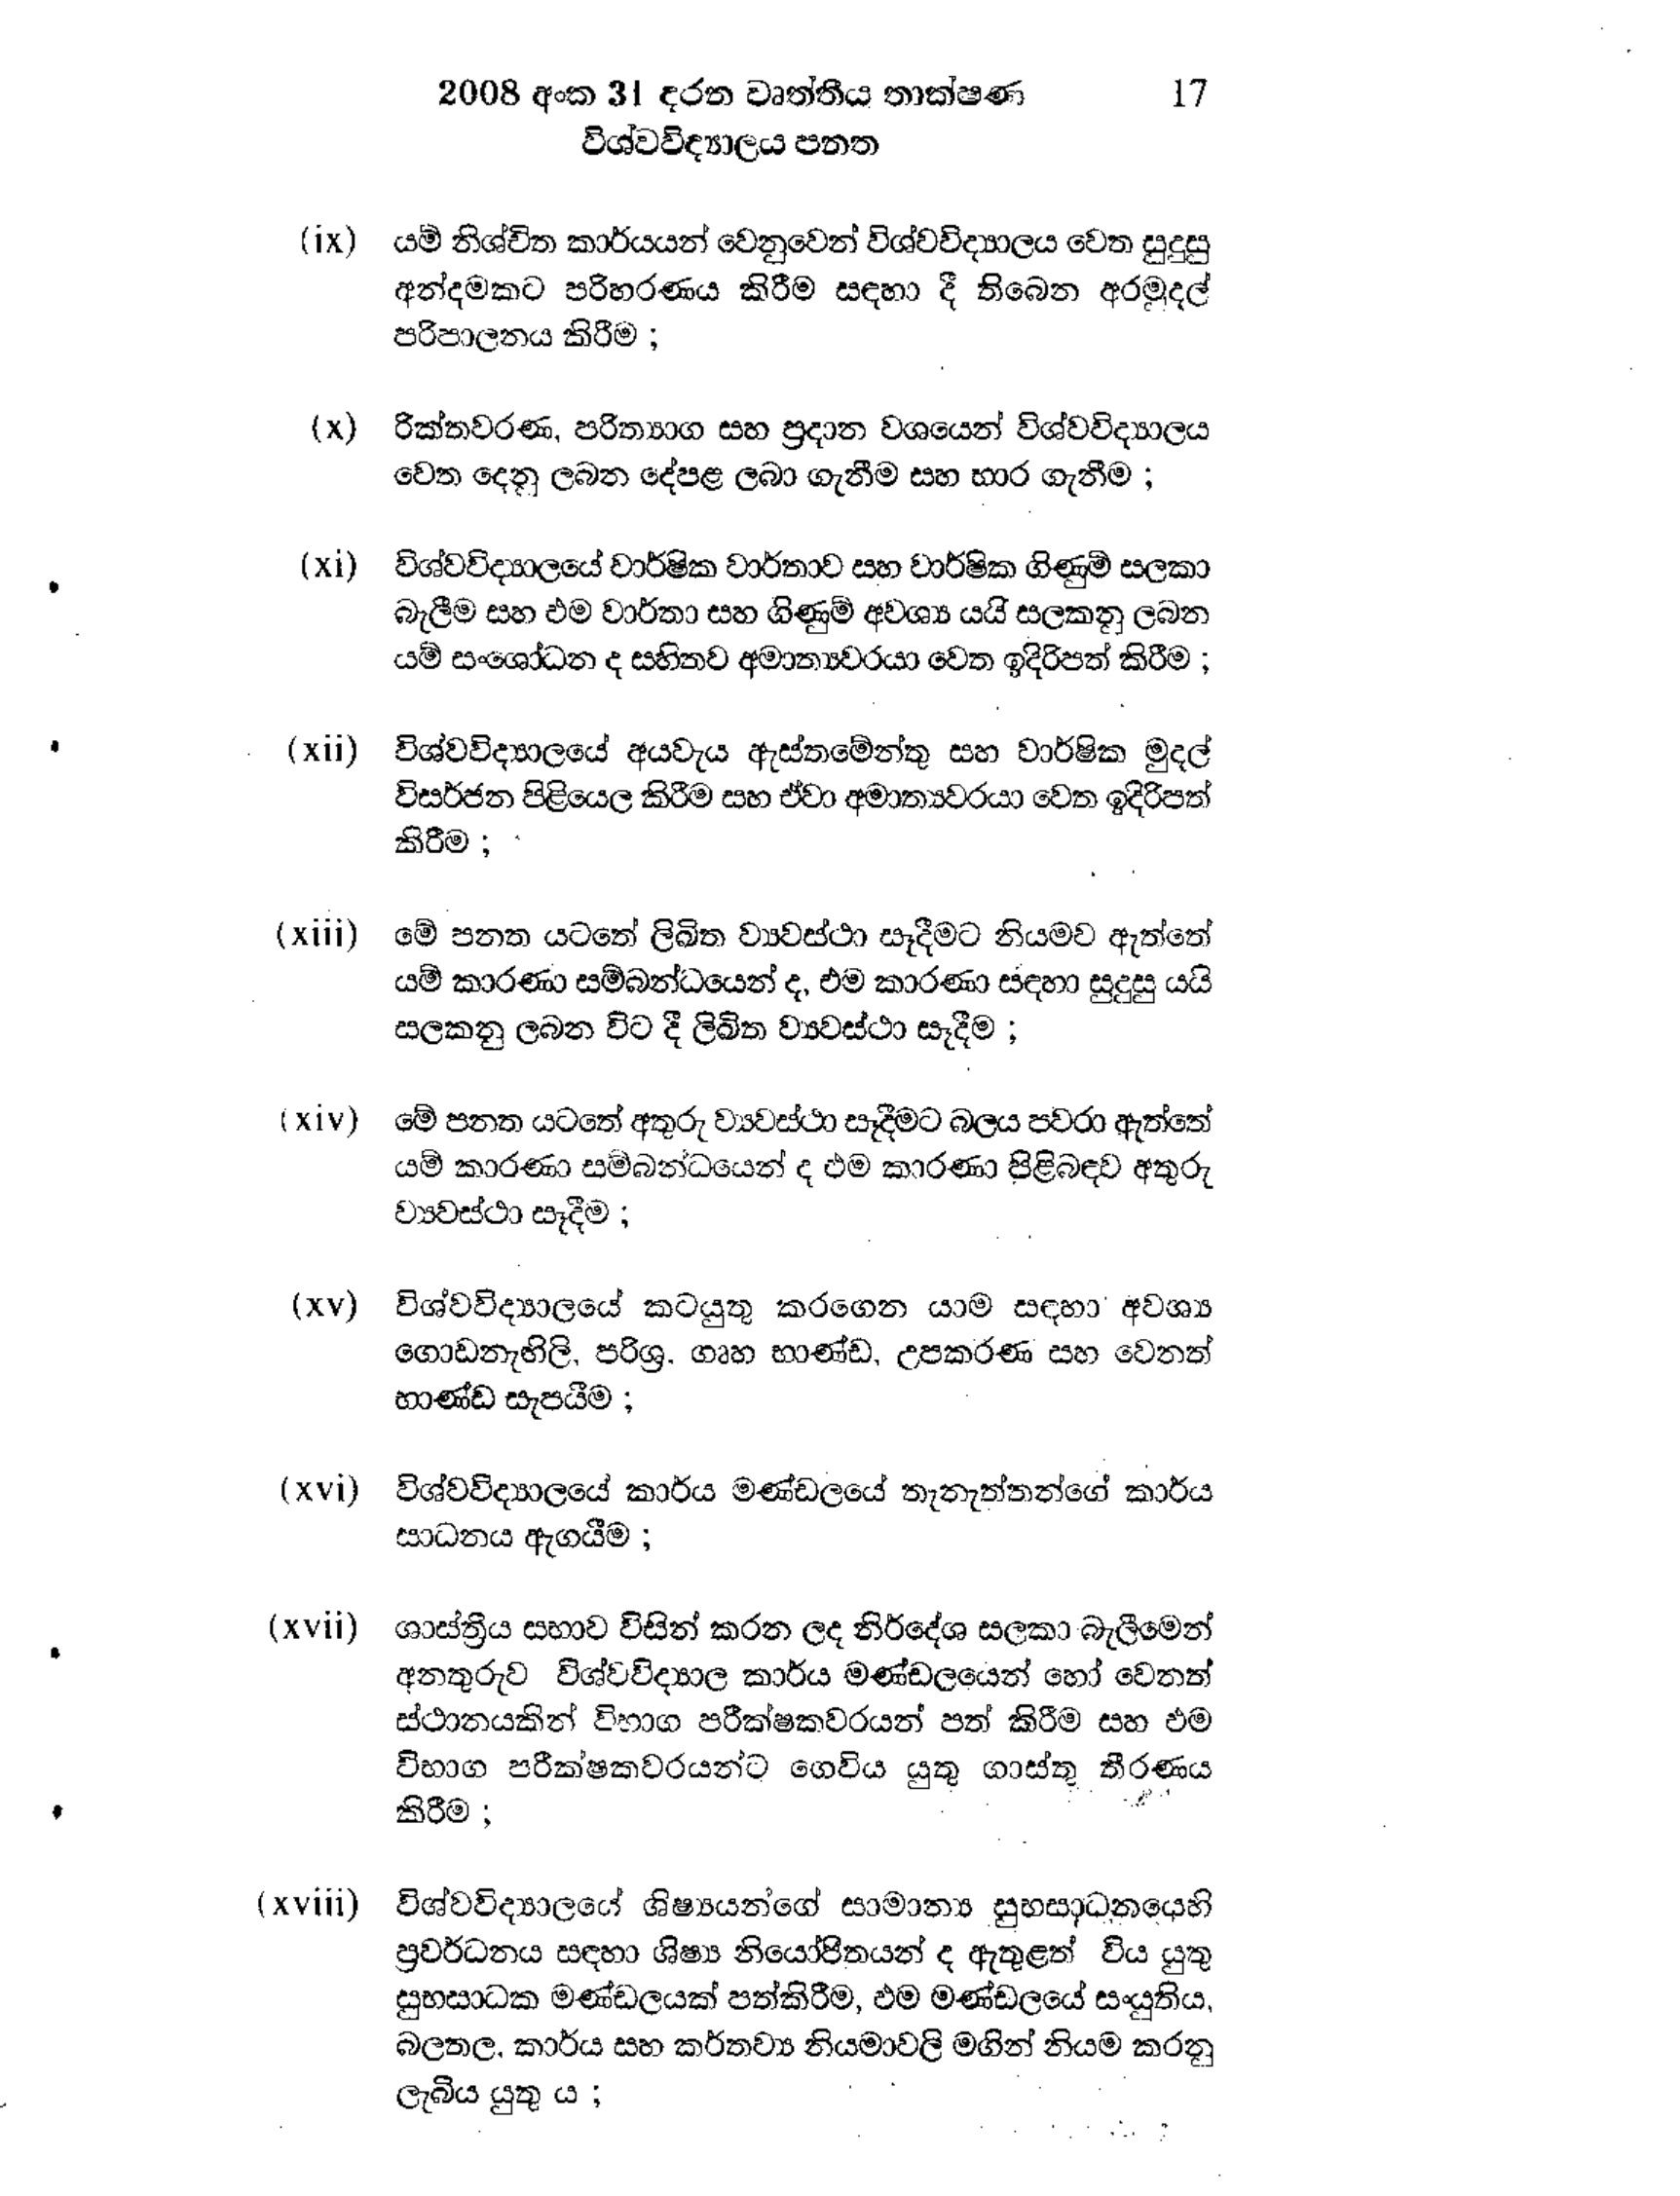
2008 අංක 31 දරන වෘත්තීය තාක්ෂණ 17
විශ්වවිද්‍යාලය පනත

(ix) යම් නිශ්චිත කාර්යයන් වෙනුවෙන් විශ්වවිද්‍යාලය වෙත සුදුසු
අන්දමකට පරිහරණය කිරීම සඳහා දී තිබෙන අරමුදල්
පරිපාලනය කිරීම ;

(x) රික්තවරණ, පරිත්‍යාග සහ ප්‍රදාන වශයෙන් විශ්වවිද්‍යාලය
වෙත දෙනු ලබන දේපළ ලබා ගැනීම සහ භාර ගැනීම ;

(xi) විශ්වවිද්‍යාලයේ වාර්ෂික වාර්තාව සහ වාර්ෂික ගිණුම් සලකා
බැලීම සහ එම වාර්තා සහ ගිණුම් අවශ්‍ය යයි සලකනු ලබන
යම් සංශෝධන ද සහිතව අමාත්‍යවරයා වෙත ඉදිරිපත් කිරීම;

(xii) විශ්වවිද්‍යාලයේ අයවැය ඇස්තමේන්තු සහ වාර්ෂික මුදල්
විසර්ජන පිළියෙල කිරීම සහ ඒවා අමාත්‍යවරයා වෙත ඉදිරිපත්
කිරීම;

(xiii) මේ පනත යටතේ ලිඛිත ව්‍යවස්ථා සෑදීමට නියමව ඇත්තේ
යම් කාරණා සම්බන්ධයෙන්ද, එම කාරණා සඳහා සුදුසු යයි
සලකනු ලබන විට දී ලිඛිත ව්‍යවස්ථා සෑදීම;

(xiv) මේ පනත යටතේ අතුරු ව්‍යවස්ථා සෑදීමට බලය පවරා ඇත්තේ
යම් කාරණා සම්බන්ධයෙන් ද එම කාරණා පිළිබඳව අතුරු
ව්‍යවස්ථා සෑදීම ;

(xv) විශ්වවිද්‍යාලයේ කටයුතු කරගෙන යාම සඳහා අවශ්‍ය
ගොඩනැඟිලි, පරිශ්‍ර, ගෘහ භාණ්ඩ, උපකරණ සහ වෙනත්
භාණ්ඩ සැපයීම ;

(xvi) විශ්වවිද්‍යාලයේ කාර්ය මණ්ඩලයේ තැනැත්තන්ගේ කාර්ය
සාධනය ඇගයීම ;

(xvii) ශාස්ත්‍රීය සභාව විසින් කරන ලද නිර්දේශ සලකා බැලීමෙන්
අනතුරුව විශ්ව විද්‍යාල කාර්ය මණ්ඩලයෙන් හෝ වෙනත්
ස්ථානයකින් විභාග පරීක්ෂකවරයන් පත් කිරීම සහ එම
විභාග පරීක්ෂකවරයන්ට ගෙවිය යුතු ගාස්තු තීරණය
කිරීම;

(xviii) විශ්වවිද්‍යාලයේ ශිෂ්‍යයන්ගේ සාමාන්‍ය සුභසාධනයෙහි
ප්‍රවර්ධනය සඳහා ශිෂ්‍ය නියෝජිතයන් ද ඇතුළත් විය යුතු
සුභසාධක මණ්ඩලයක් පත්කිරීම, එම මණ්ඩලයේ සංයුතිය,
බලතල, කාර්ය සහ කර්තව්‍ය නියමාවලි මගින් නියම කරනු
ලැබිය යුතු ය ;